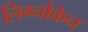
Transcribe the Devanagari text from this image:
लिग्नोकेन